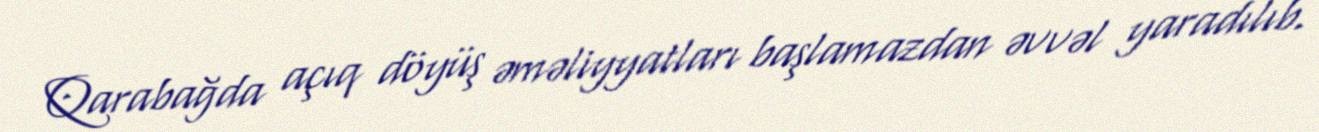
Qarabağda açıq döyüş əməliyyatları başlamazdan əvvəl yaradılıb.